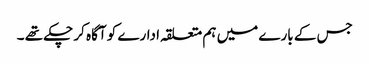
جس کے بارے میں ہم متعلقہ ادارے کو آگاہ کر چکے تھے ۔